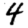
Digit: 4